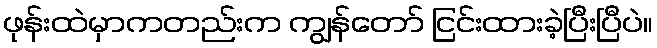
ဖုန်းထဲမှာကတည်းက ကျွန်တော် ငြင်းထားခဲ့ပြီးပြီပဲ။